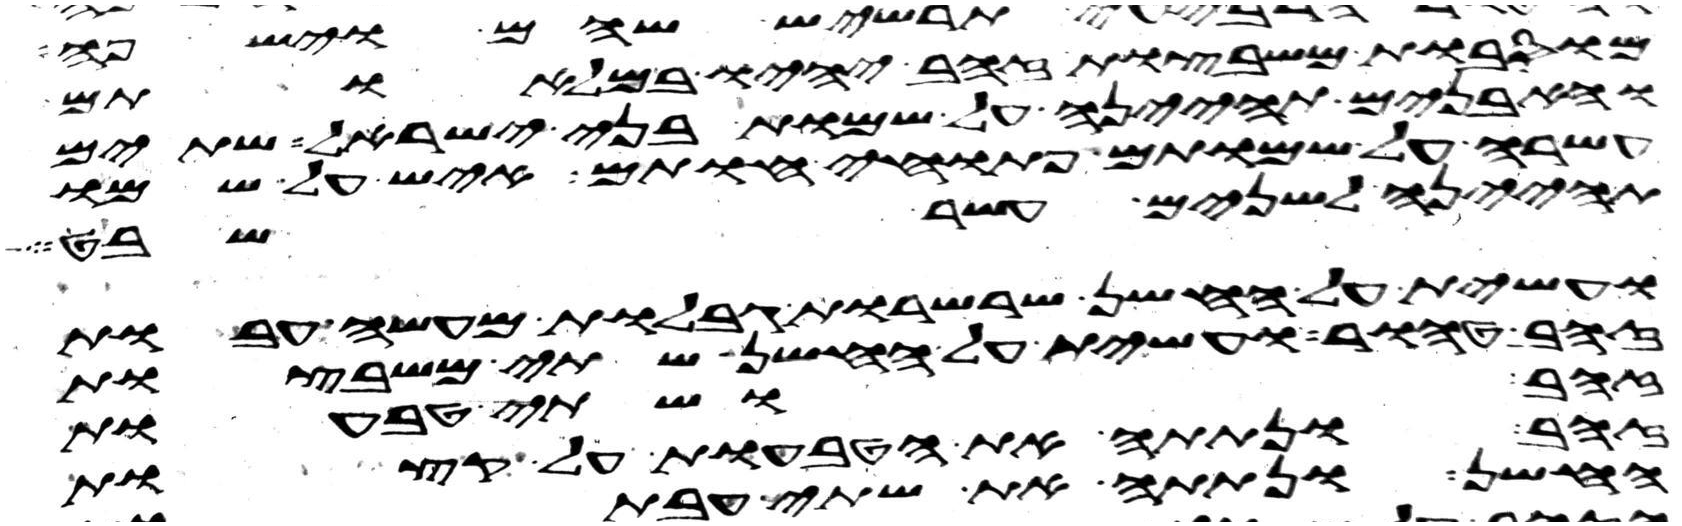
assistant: מוסבות משבצות זהב יהיו במלאותם
והאבנים תהיינה על שמות בני ישראל שתים
עשרה על שמותם פתוחי חותם איש על שמו
תהינה לשנים עשר שבט
ועשית על החשן שרשרות גבלות מעשה עבות
זהב טהור ועשית על החשן שתי משבצות
זהב ושתי טבעות
זהב ונתתה את הטבעות על קצות